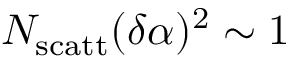
N _ { \mathrm { s c a t t } } ( \delta \alpha ) ^ { 2 } \sim 1